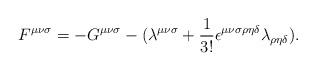
LaTeX: \begin{align*}F^{{\mu}{\nu}{\sigma}}=-G^{{\mu}{\nu}{\sigma}}-({\lambda}^{{\mu}{\nu}{\sigma}}+\frac{1}{3!}{\epsilon}^{{\mu}{\nu}{\sigma}{\rho}{\eta}{\delta}}{\lambda}_{{\rho}{\eta}{\delta}}).\end{align*}